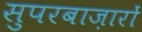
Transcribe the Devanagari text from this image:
सुपरबाज़ारों